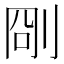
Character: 𠜛